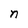
Character: n